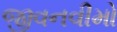
જીવનવીમો